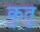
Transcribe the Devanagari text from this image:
कुतु